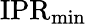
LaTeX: \mathrm{IPR}_{\operatorname*{min}}